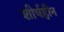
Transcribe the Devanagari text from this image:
शीर्षहीन